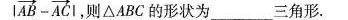
$$| \overrightarrow{AB}- \overrightarrow{AC}|$$ 则△ABC的形状为___三角形.